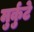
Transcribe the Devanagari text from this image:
मुर्कुटे